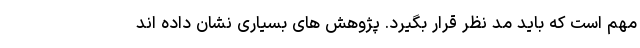
مهم است که باید مد نظر قرار بگیرد. پژوهش های بسیاری نشان داده اند